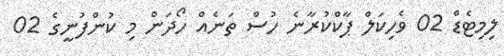
ލިމިޓެޑް 02 ވެހިކަލް ޕާކްކުރާނެ ހުސް ތަނެއް ހޯދަން މި ކުންފުނީގެ 02